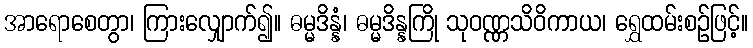
အာရောစေတွာ၊ ကြားလျှောက်၍။ ဓမ္မဒိန္နံ၊ ဓမ္မဒိန္နကြို သုဝဏ္ဏသိဝိကာယ၊ ရွှေထမ်းစဉ်ဖြင့်။